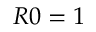
R 0 = 1